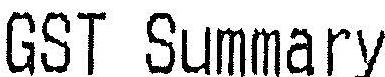
GST SUMMARY